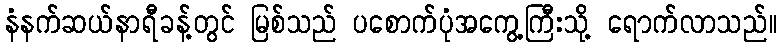
နံနက်ဆယ်နာရီခန့်တွင် မြစ်သည် ပစောက်ပုံအကွေ့ကြီးသို့ ရောက်လာသည်။